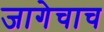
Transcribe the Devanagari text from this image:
जागेचाच